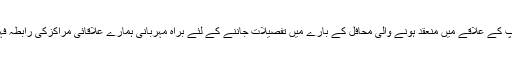
مختلف ممالک میں،آپ کے علاقے میں منعقد ہونے والی محافل کے بارے میں تفصیلات جاننے کے لئے براہ مہربانی ہمارے علاقائی مراکزکی رابطہ فہرست پر نظر ڈالئے۔